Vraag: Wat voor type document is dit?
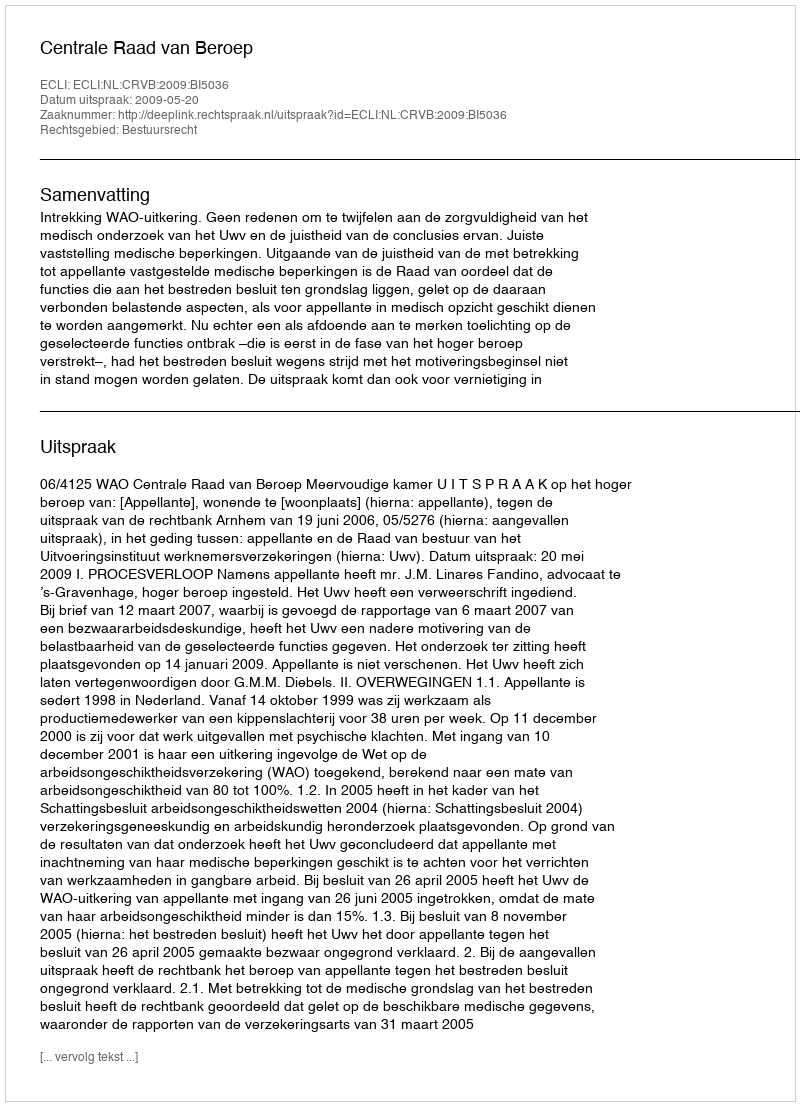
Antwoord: Uitspraak